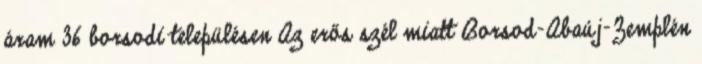
áram 36 borsodi településen Az erős szél miatt Borsod-Abaúj-Zemplén